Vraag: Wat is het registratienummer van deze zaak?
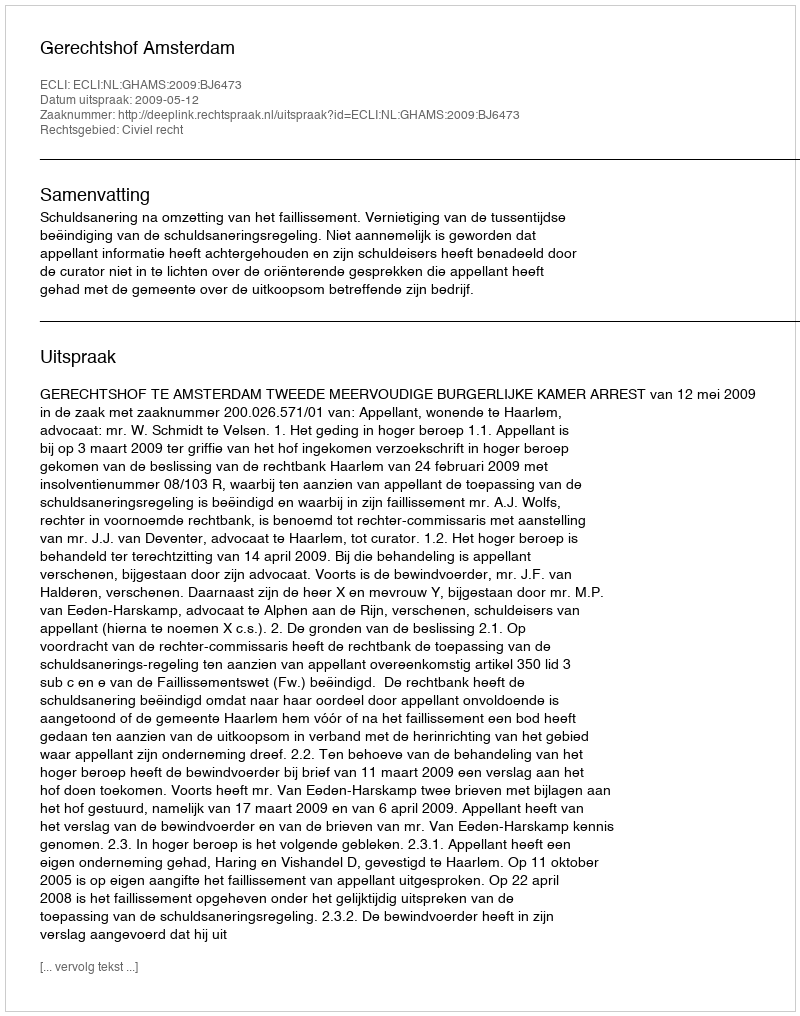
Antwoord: http://deeplink.rechtspraak.nl/uitspraak?id=ECLI:NL:GHAMS:2009:BJ6473